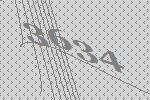
3634